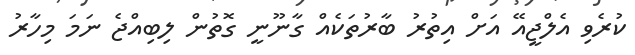
ކުރެވި އެލްޖީއޭ އަށް އިތުރު ބާރުތަކެއް ގާނޫނީ ގޮތުން ލިބިއްޖެ ނަމަ މިހާރު